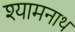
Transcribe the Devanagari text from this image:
श्यामनाथ